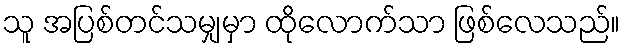
သူ အပြစ်တင်သမျှမှာ ထိုလောက်သာ ဖြစ်လေသည်။